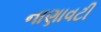
નાણાવટી